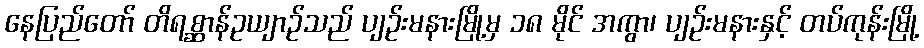
နေပြည်တော် တိရစ္ဆာန်ဥယျာဉ်သည် ပျဉ်းမနားမြို့မှ ၁၈ မိုင် အကွာ၊ ပျဉ်းမနားနှင့် တပ်ကုန်းမြို့